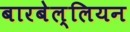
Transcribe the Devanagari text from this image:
बारबेल्लियन